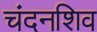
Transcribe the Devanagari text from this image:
चंदनशिव